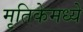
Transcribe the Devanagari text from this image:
मृतिकेमध्ये